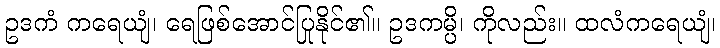
ဥဒကံ ကရေယျံ၊ ရေဖြစ်အောင်ပြုနိုင်၏။ ဥဒကမ္ပိ၊ ကိုလည်း။ ထလံကရေယျံ၊